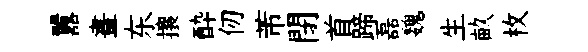
囂畫东攘酔仞芾閉首蹄磊魏生畝枚